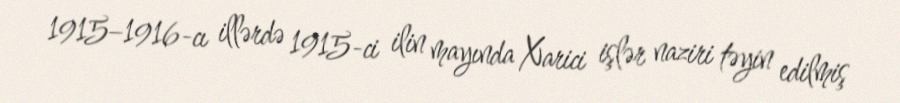
1915–1916-cı illərdə 1915-ci ilin mayında Xarici işlər naziri təyin edilmiş